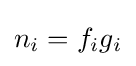
n_{i}=f_{i}g_{i}